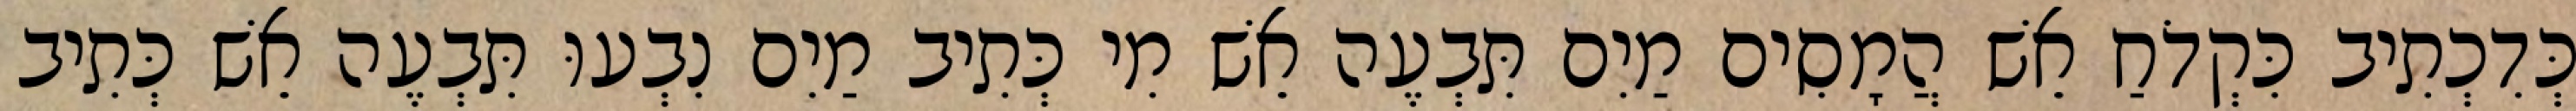
כְּדִכְתִיב כִּקְדֹחַ אֵשׁ הֲמָסִים מַיִם תִּבְעֶה אֵשׁ מִי כְּתִיב מַיִם נִבְעוּ תִּבְעֶה אֵשׁ כְּתִיב